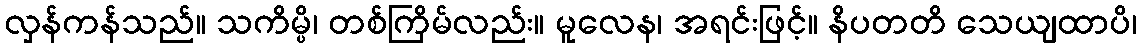
လှန်ကန်သည်။ သကိမ္ပိ၊ တစ်ကြိမ်လည်း။ မူလေန၊ အရင်းဖြင့်။ နိပတတိ သေယျထာပိ၊